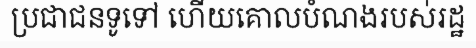
ប្រជាជនទូទៅ ហើយគោលបំណងរបស់រដ្ឋ